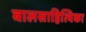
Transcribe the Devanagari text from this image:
बालसाहित्यिका